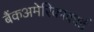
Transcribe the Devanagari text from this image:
बैंकअमेरिकाकार्ड